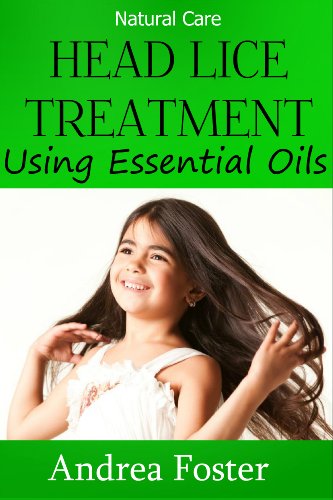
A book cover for Head Lice Treatment: How to Treat Head Lice Using Essential Oils; Andrea Foster; Health, Fitness & Dieting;